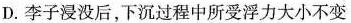
D. 李子浸没后，下沉过程中所受浮力大小不变